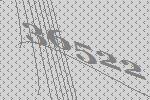
36522